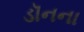
ડૉનના